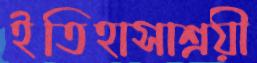
ইতিহাসাশ্রয়ী